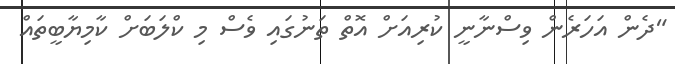
"ދެން އަހަރެން ވިސްނާނީ ކުރިއަށް އޮތް ތަނުގައި ވެސް މި ކްލަބަށް ކާމިޔާބީތައް